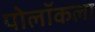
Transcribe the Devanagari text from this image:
पोलॉकला